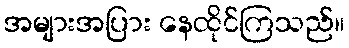
အများအပြား နေထိုင်ကြသည်။